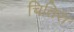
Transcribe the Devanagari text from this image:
चितिरा